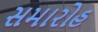
સમારોહ